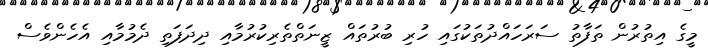
މީގެ އިތުރުން ތަފާތު ސަރަހައްދުތަކުގައި ހުރި ބުރުތައް ޒީނަތްތެރިކުރުމާއި ދިދަފަތި ދެމުމާއި އެހެންވެސް